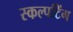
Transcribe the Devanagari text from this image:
स्कल्पटिंग